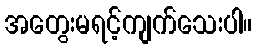
အတွေးမရင့်ကျက်သေးပါ။